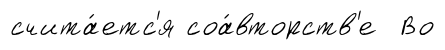
счита́етс'я соа́вторств'е Во